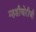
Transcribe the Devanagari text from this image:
म्हशीचोरीची